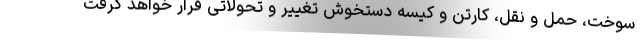
سوخت، حمل و نقل، کارتن و کیسه دستخوش تغییر و تحولاتی قرار خواهد گرفت